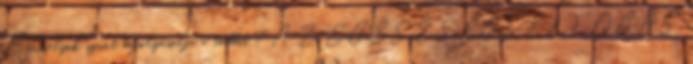
Bármelyik szint befolyásolja a többit 7 A Z EGÉSZSÉGFELFOGÁS